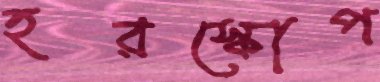
হরস্কোপ